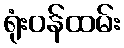
ရုံးဝန်ထမ်း